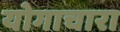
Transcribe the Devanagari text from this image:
योगाचारा